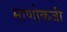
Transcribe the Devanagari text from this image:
माणोकजी